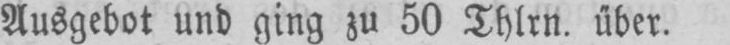
Ausgebot und ging zu 50 Thlrn. über.